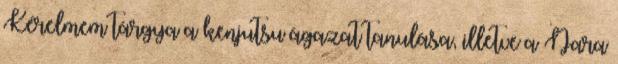
Kérelmem tárgya a kenjutsu ágazat tanulása, illetve a Nara